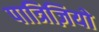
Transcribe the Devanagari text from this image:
पात्रिज़ियो